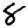
Digit: 8